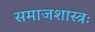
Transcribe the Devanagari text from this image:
समाजशास्त्रः